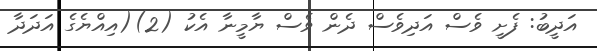
އަދީބު: ފެށީ ވެސް އަދިވެސް ދެން ވެސް ޔާމީނާ އެކު (2)(އިއްޔެގެ އަދަދާ